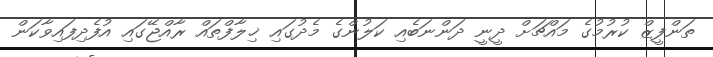
ތަންފީޒް ކުރުމުގެ މައްޗަށް ދީނީ ދަންނަބެއި ކަލުންގެ މެދުގައި ޚިލާފްތައް ރާއްޖޭގައި އުފެދިފައިވާކަން